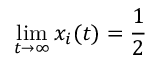
\operatorname* { l i m } _ { t \to \infty } x _ { i } ( t ) = \frac { 1 } { 2 }